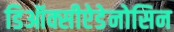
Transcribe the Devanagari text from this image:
डिऑक्सीऐडेनोसिन